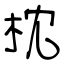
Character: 枕